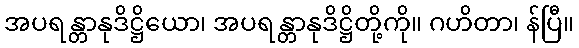
အပရန္တာနုဒိဋ္ဌိယော၊ အပရန္တာနုဒိဋ္ဌိတို့ကို။ ဂဟိတာ၊ န်ပြီ။